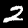
Label: 2